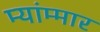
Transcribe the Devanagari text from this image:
म्यांम्मार